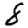
Digit: 8